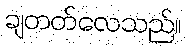
ချတတ်လေသည်။